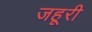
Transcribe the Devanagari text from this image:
जहूरी